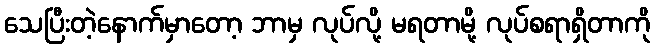
သေပြီးတဲ့နောက်မှာတော့ ဘာမှ လုပ်လို့ မရတာမို့ လုပ်စရာရှိတာကို